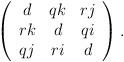
LaTeX: \begin{align*}\left(\begin{array}{ccc}d&qk&rj\\rk&d&qi\\qj&ri&d\end{array}\right).\end{align*}